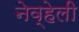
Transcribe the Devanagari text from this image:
नेव्हेली